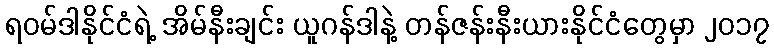
ရဝမ်ဒါနိုင်ငံရဲ့ အိမ်နီးချင်း ယူဂန်ဒါနဲ့ တန်ဇန်းနီးယားနိုင်ငံတွေမှာ ၂၀၁၇